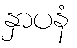
နှာပနံ